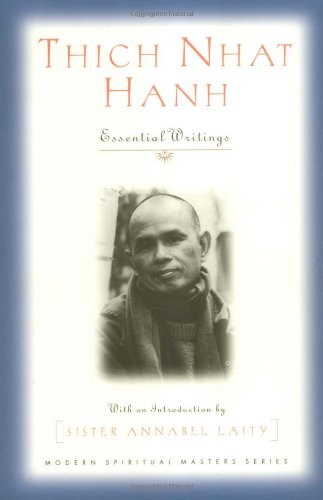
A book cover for Thich Nhat Hanh: Essential Writings (Modern Spiritual Masters Series); Thich Nhat Hanh; Religion & Spirituality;